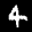
Label: 4